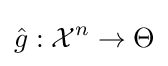
{\hat {g}}:{\mathcal {X}}^{n}\to \Theta